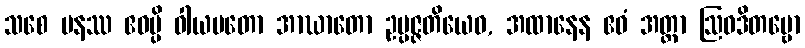
သစေ ပနဿ ဧဝမ္ပိ ဝါယမတော အာဃာတော ဥပ္ပဇ္ဇတိယေဝ, အထာနေန ဧဝံ အတ္တာ ဩဝဒိတဗ္ဗော